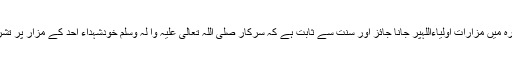
جواب : شریعتِ مطہرہ میں مزاراتِ اولیاءاللّٰہپر جانا جائز اور سنّت سے ثابت ہے کہ سرکار صَلَّی اللّٰہُ تَعَالٰی عَلَیْہِ وَاٰ لِہٖ وَسَلَّم خودشُہداءِ اُحُد کے مزار پر تشریف لے جاتے تھے ۔